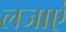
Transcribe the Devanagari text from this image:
लजाएं